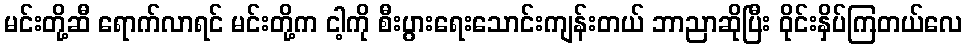
မင်းတို့ဆီ ရောက်လာရင် မင်းတို့က ငါ့ကို စီးပွားရေးသောင်းကျန်းတယ် ဘာညာဆိုပြီး ဝိုင်းနှိပ်ကြတယ်လေ